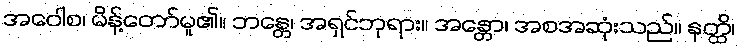
အဝေါစ၊ မိန့်တော်မူ၏။ ဘန္တေ၊ အရှင်ဘုရား။ အန္တော၊ အစအဆုံးသည်။ နတ္ထိ၊